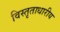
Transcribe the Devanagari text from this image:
विस्तृताधारीय